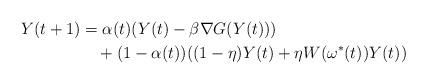
LaTeX: \begin{align*}Y(t+1)&=\alpha(t) (Y(t)- \beta \nabla G(Y(t))) \\&\quad{} +(1-\alpha(t)) ((1-\eta) Y(t)+\eta W(\omega^{*}(t))Y(t)) \end{align*}